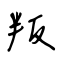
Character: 叛